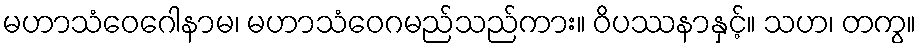
မဟာသံဝေဂေါနာမ၊ မဟာသံဝေဂမည်သည်ကား။ ဝိပဿနာနှင့်။ သဟ၊ တကွ။